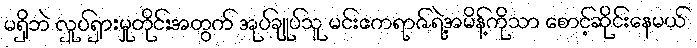
မရှိဘဲ လှုပ်ရှားမှုတိုင်းအတွက် အုပ်ချုပ်သူ မင်းဧကရာဇ်ရဲ့အမိန့်ကိုသာ စောင့်ဆိုင်းနေမယ်